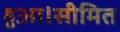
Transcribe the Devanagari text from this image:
हुआ।सीमित